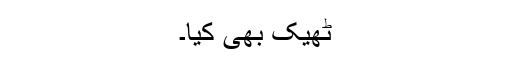
ٹھیک بھی کیا۔